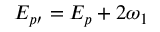
E _ { p \prime } = E _ { p } + 2 \omega _ { 1 }